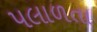
પલાળતા